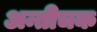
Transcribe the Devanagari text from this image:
अन्तीचक